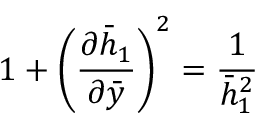
1 + \left( \frac { \partial \bar { h } _ { 1 } } { \partial \bar { y } } \right) ^ { 2 } = \frac { 1 } { \bar { h } _ { 1 } ^ { 2 } }